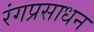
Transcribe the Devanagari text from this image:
रंगप्रसाधन